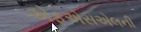
એફએસએલની